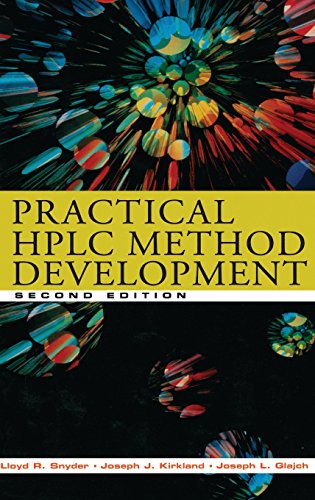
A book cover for Practical HPLC Method Development; Lloyd R. Snyder; Science & Math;